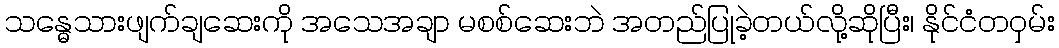
သန္ဓေသားဖျက်ချဆေးကို အသေအချာ မစစ်ဆေးဘဲ အတည်ပြုခဲ့တယ်လို့ဆိုပြီး၊ နိုင်ငံတဝှမ်း